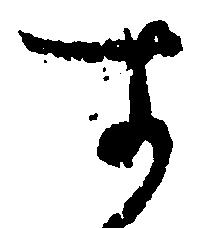
す